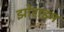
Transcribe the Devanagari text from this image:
झोराझ्म